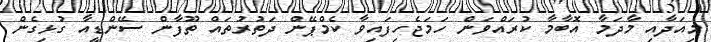
މިއަދާއި މާދަމާ އޮބާމާ ކުރައްވަން ހަމަޖެހިފައިވާ ކެމްޕޭން ދަތުރުތައް ތޫފާން ސޭންޑީއާ ގުޅިގެން